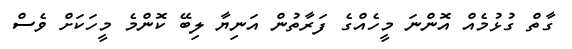
ގާތް ގުޅުމެއް އޮންނަ މީހެއްގެ ފަރާތުން އަނިޔާ ލިބޭ ކޮންމެ މީހަކަށް ވެސް